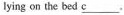
lying on the bed \underline{c}.